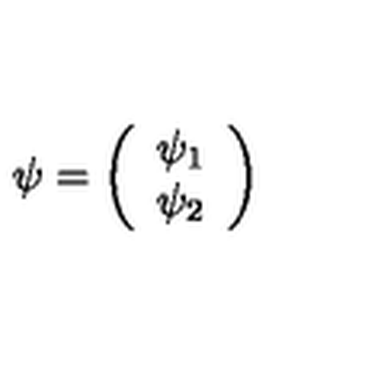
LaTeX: \psi = \left( \begin{array} { c } { \psi _ { 1 } } \\ { \psi _ { 2 } } \\ \end{array} \right)